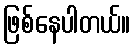
ဖြစ်နေပါတယ်။